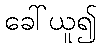
ခေါ်ယူ၍